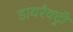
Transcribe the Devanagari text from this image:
डायरैक्ट्री